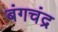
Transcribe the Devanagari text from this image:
बंगचंद्र